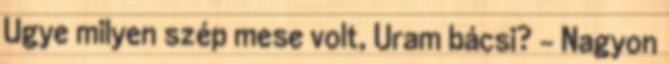
Ugye milyen szép mese volt, Uram bácsi? – Nagyon